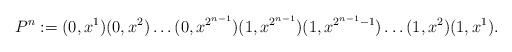
LaTeX: \begin{align*}P^n:=(0,x^1)(0,x^2)\dots (0,x^{2^{n-1}})(1,x^{2^{n-1}})(1,x^{2^{n-1}-1})\dots (1,x^2)(1,x^1).\end{align*}